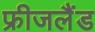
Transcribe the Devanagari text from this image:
फ्रीजलैंड